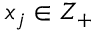
x _ { j } \in Z _ { + }